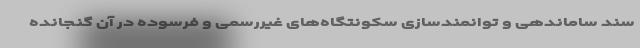
سند ساماندهی و توانمندسازی سکونتگاه‌های غیررسمی و فرسوده در آن گنجانده